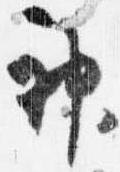
神